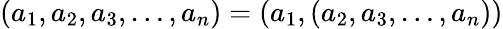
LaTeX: (a_{1},a_{2},a_{3},\ldots,a_{n})=(a_{1},(a_{2},a_{3},\ldots,a_{n}))